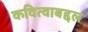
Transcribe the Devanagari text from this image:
कवित्वाबद्दल